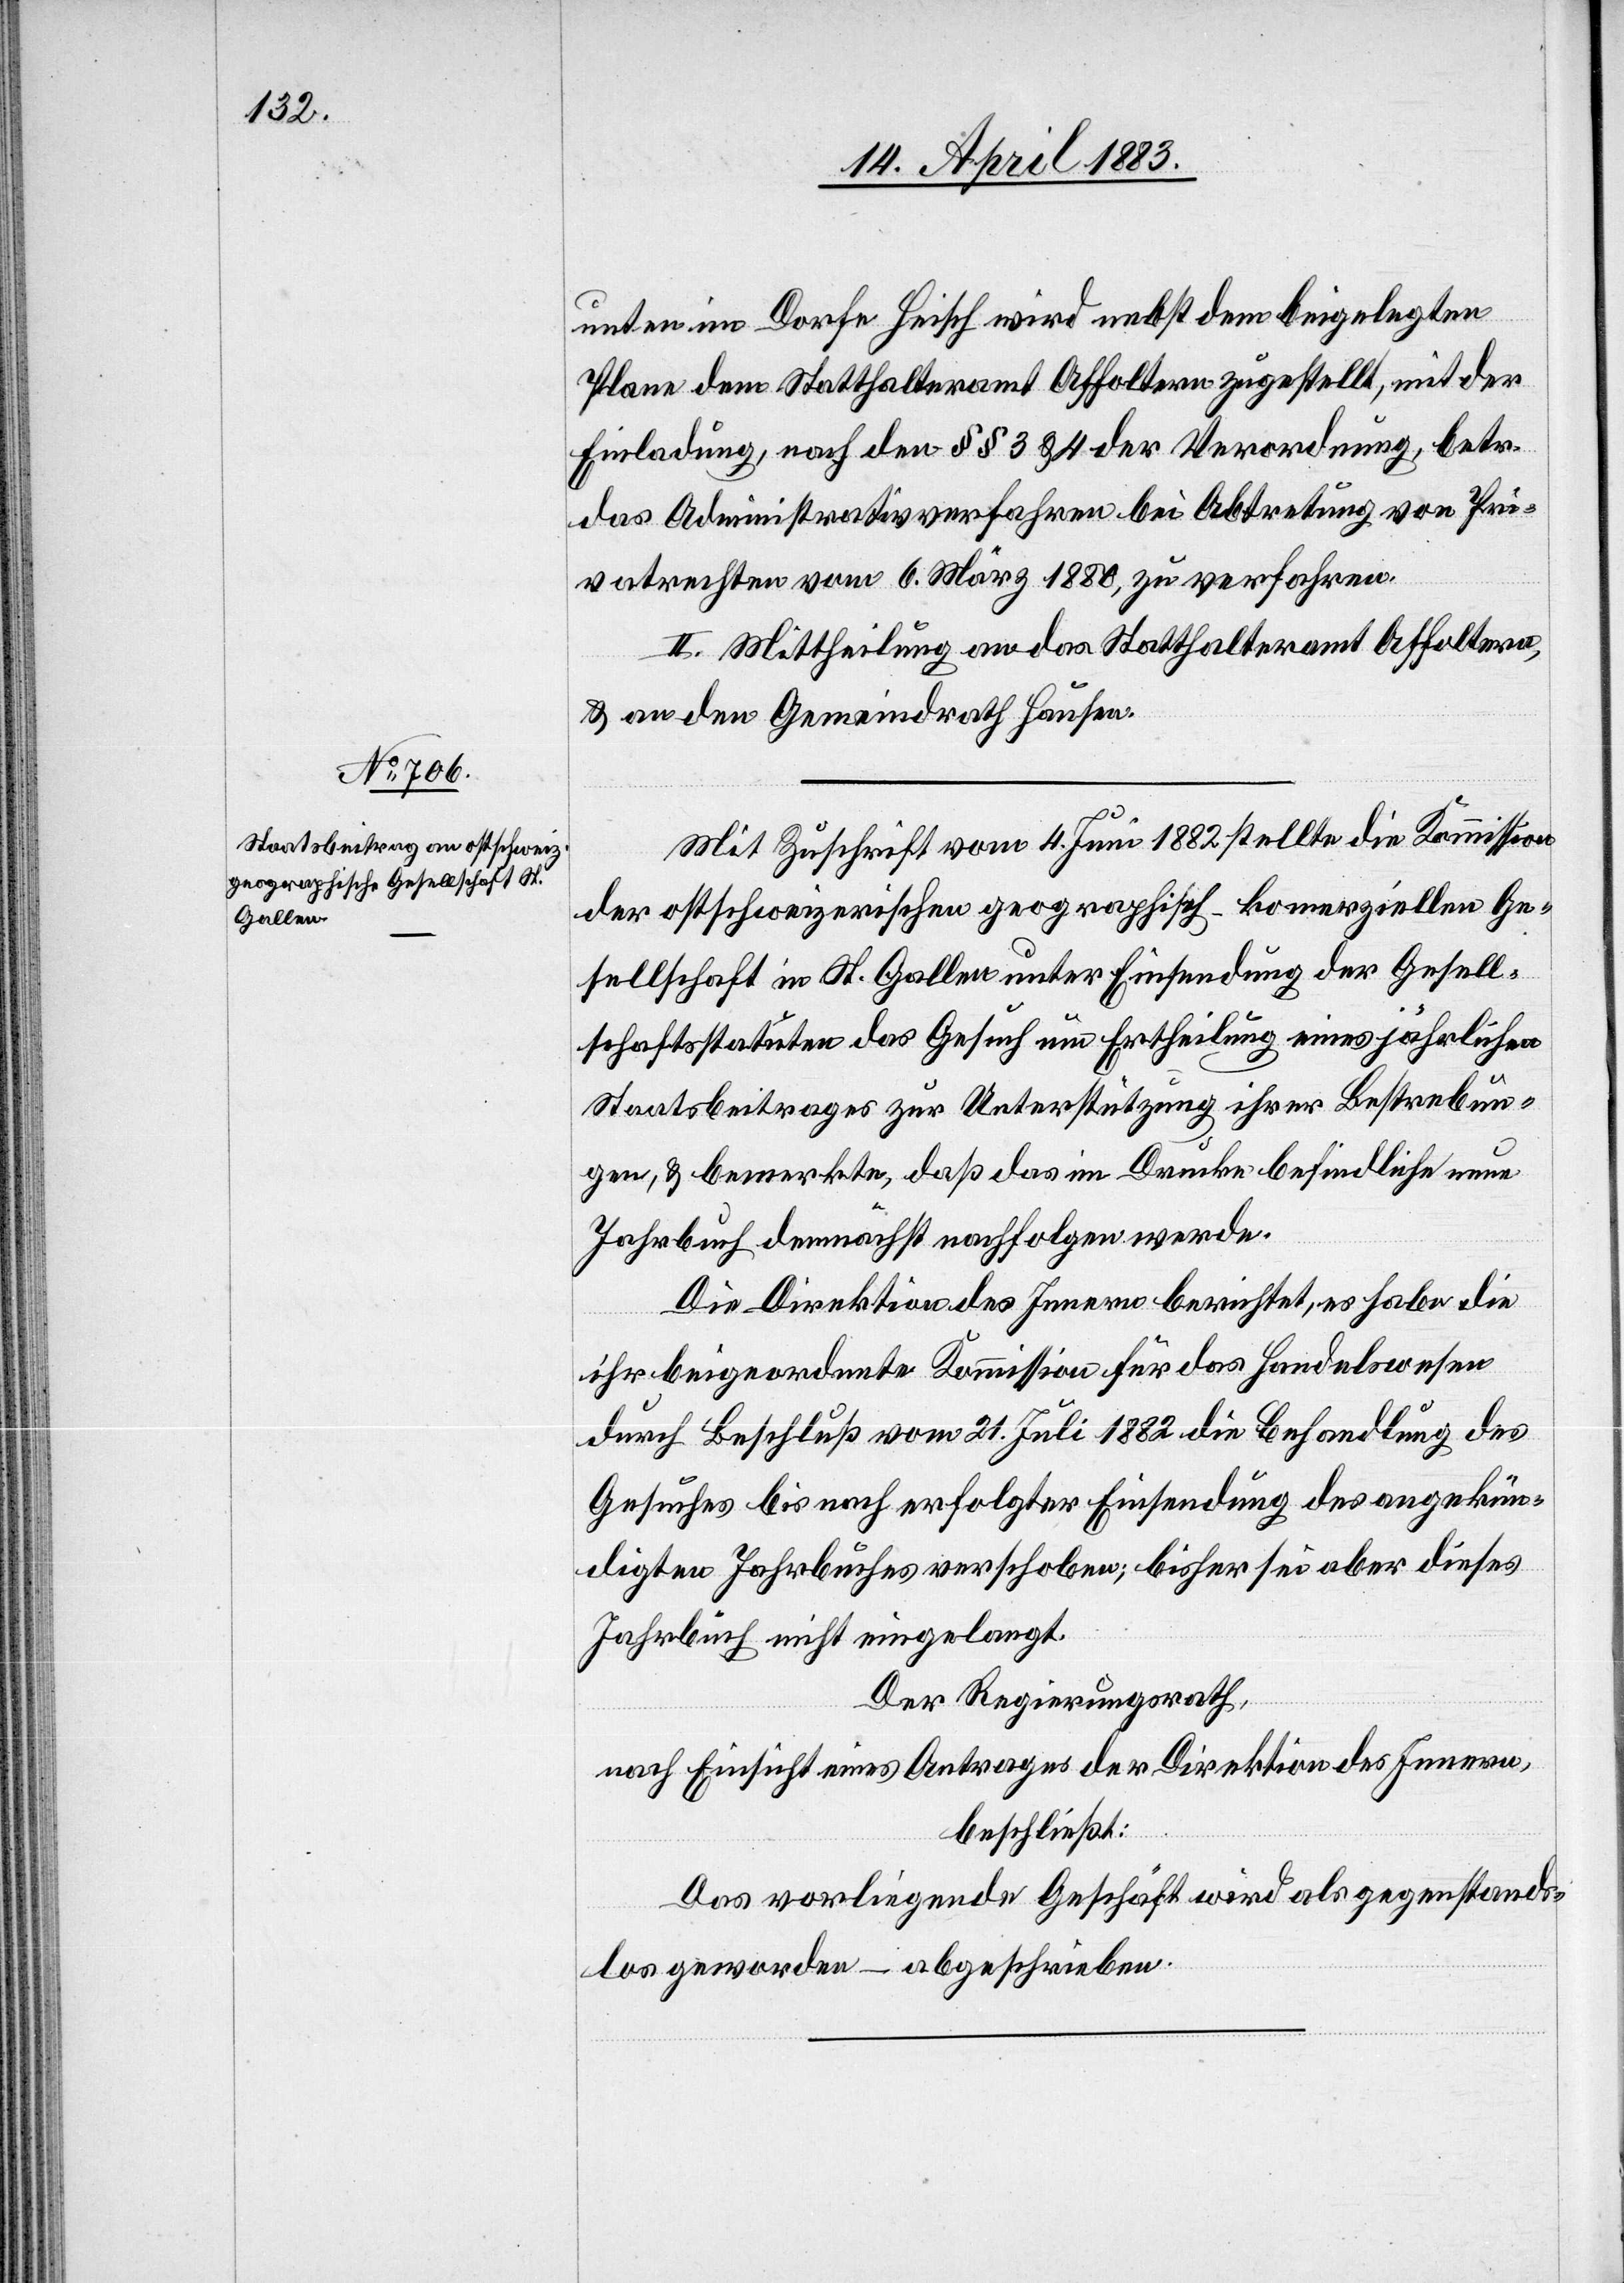
unten im Dorfe Heisch wird nebst dem beigelegten
Plane dem Statthalteramt Affoltern zugestellt, mit der
Einladung, nach den §§ 3 & 4 der Verordnung, betr.
das Administrativverfahren bei Abtretung von Pri¬
vatrechten vom 6. März 1880, zu verfahren.
II. Mittheilung an das Statthalteramt Affoltern,
& an den Gemeindrath Hausen.
Mit Zuschrift vom 4. Juni 1882 stellte die Kommission
der ostschweizerischen geographisch-komerziellen Ge¬
sellschaft in St. Gallen unter Einsendung der Gesell¬
schaftsstatuten das Gesuch um Ertheilung eines jährlichen
Staatsbeitrages zur Unterstützung ihrer Bestrebun¬
gen, & bemerkte, daß das im Drucke befindliche neue
Jahrbuch demnächst nachfolgen werde.
Die Direktion des Innern berichtet, es habe die
ihr beigeordnete Kommission für das Handelswesen
durch Beschluß vom 21. Juli 1882 die Behandlung des
Gesuches bis nach erfolgter Einsendung des angekün¬
digten Jahrbuches verschoben; bisher sei aber dieses
Jahrbuch nicht eingelangt.
Der Regierungsrath,
nach Einsicht eines Antrages der Direktion des Innern,
beschließt:
Das vorliegende Geschäft wird als gegenstands¬
los geworden – abgeschrieben.